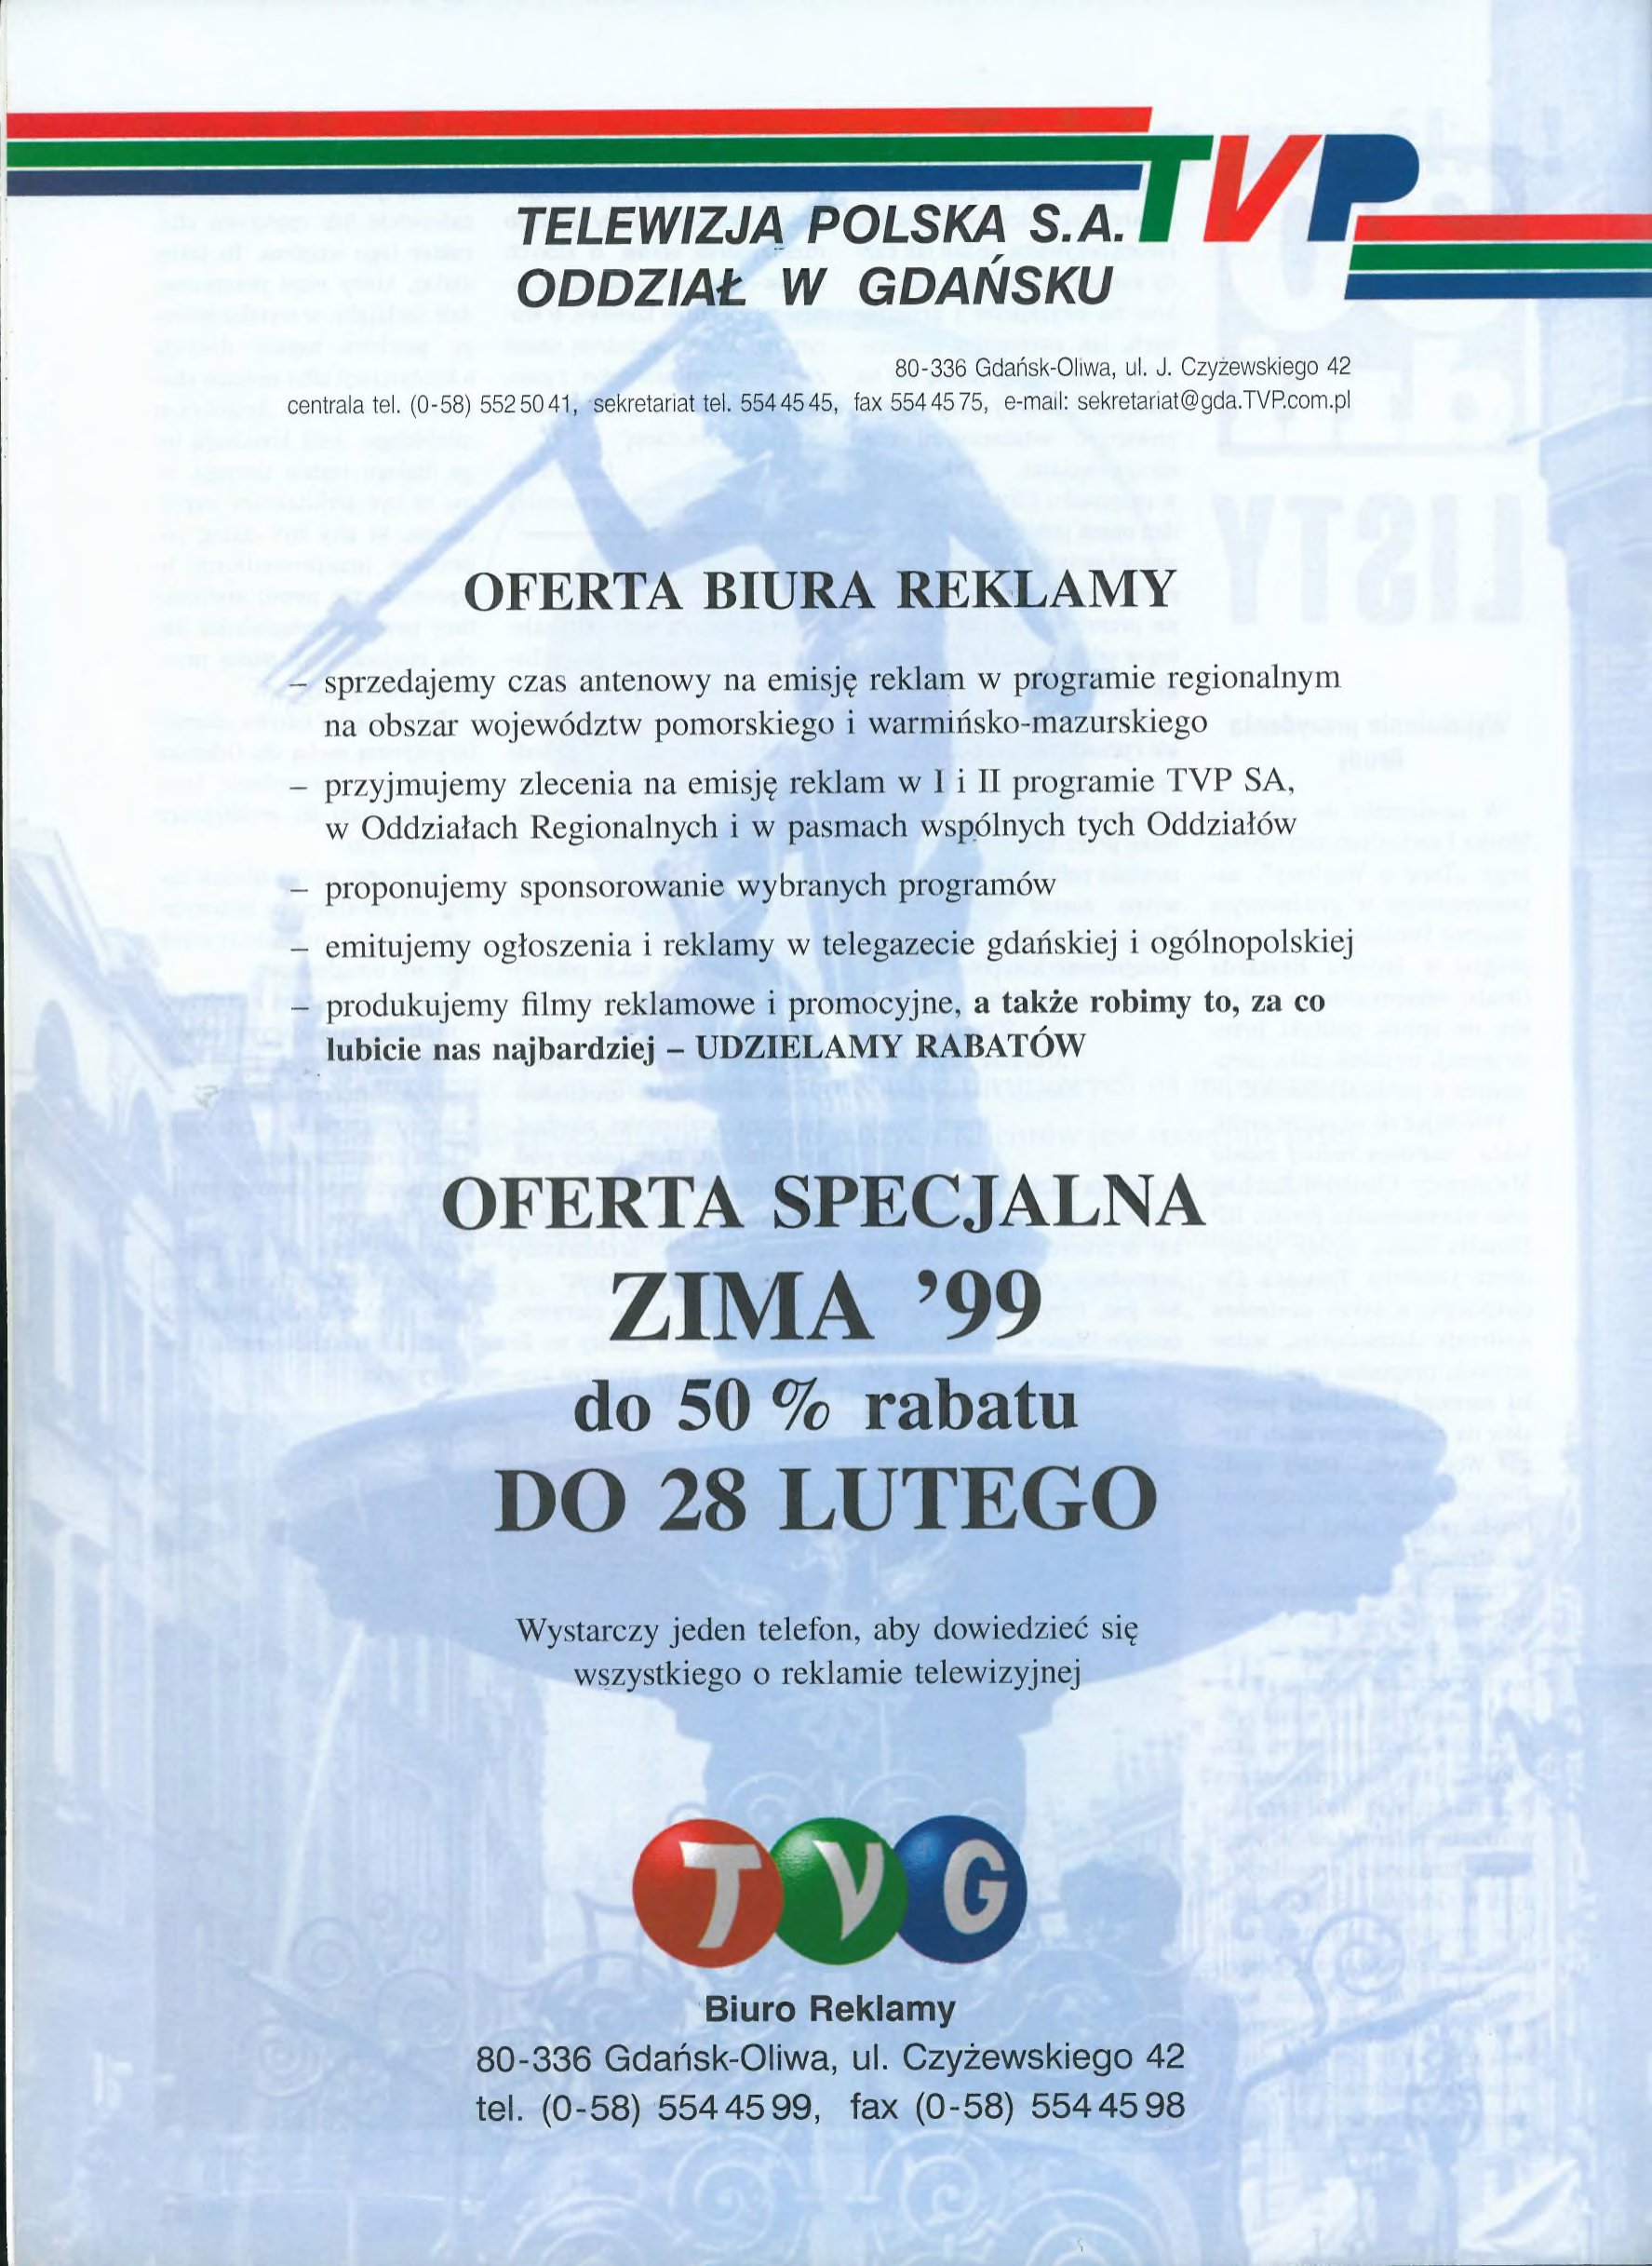
Language: pl